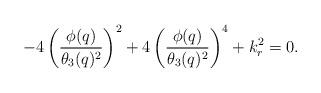
LaTeX: \begin{align*}-4 \left(\frac{\phi(q)}{\theta_3(q)^2}\right)^2+4\left(\frac{\phi(q)}{\theta_3(q)^2}\right)^4+k_r^2=0.\end{align*}